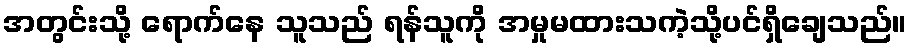
အတွင်းသို့ ရောက်နေ သူသည် ရန်သူကို အမှုမထားသကဲ့သို့ပင်ရှိချေသည်။